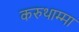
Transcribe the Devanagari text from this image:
करुथाम्मा